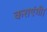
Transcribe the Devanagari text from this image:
कराएंगी।